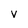
Character: v